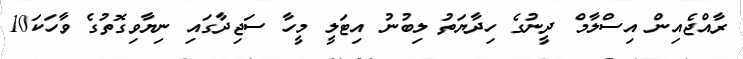
ރާއްޖެއިން އިސްލާމް ދީނުގެ ހިދާޔަތު ލިބުނު އިޓަލީ މީހާ ސަޖިދާގައި ނިޔާވިގޮތުގެ ވާހަކަ10